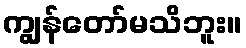
ကျွန်တော်မသိဘူး။